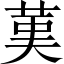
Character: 𦰩